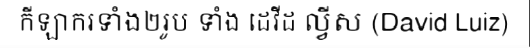
កីឡាករទាំង២រូប ទាំង ដេវីដ ល្វីស (David Luiz)